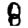
Digit: 8